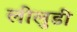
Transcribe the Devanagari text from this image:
लीलुडी